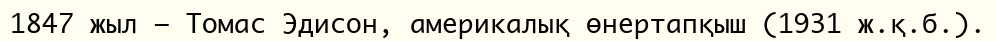
1847 жыл — Томас Эдисон, америкалық өнертапқыш (1931 ж.қ.б.).